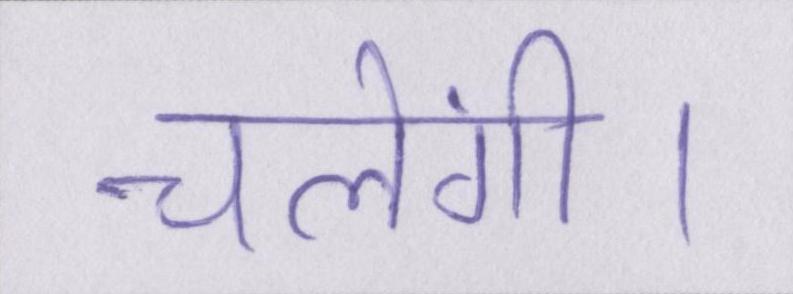
चलेंगी।